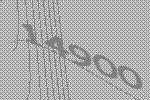
14900